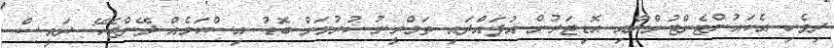
ދިވެހި އެކައުންޓެންޓުންނާއި އޮޑިޓަރުން އުފައްދައި ތަމްރީނު ކުރުމަށް ބޮޑު އިސްކަމެއް ދޭންޖެހޭ: ރައީސް